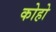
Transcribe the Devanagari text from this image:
कोहो